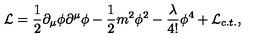
{ \cal L } = \frac 1 2 \partial _ { \mu } \phi \partial ^ { \mu } \phi - \frac 1 2 m ^ { 2 } \phi ^ { 2 } - \frac \lambda { 4 ! } \phi ^ { 4 } + { \cal L } { _ { c . t . } } ,